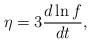
LaTeX: \begin{gather*}\eta = 3\frac{d\ln f}{dt},\end{gather*}